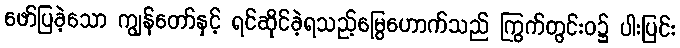
ဖော်ပြခဲ့သော ကျွန်တော်နှင့် ရင်ဆိုင်ခဲ့ရသည့်မြွေဟောက်သည် ကြွက်တွင်းဝ၌ ပါးပြင်း